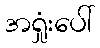
အရှုံးပေါ်